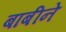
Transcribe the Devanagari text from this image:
बाबीने